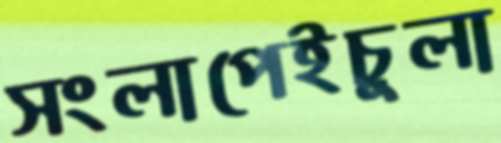
সংলাপেইচুলা